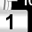
Digit: 1